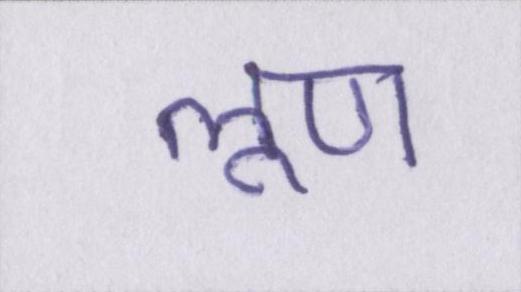
लूण